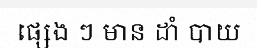
ផ្សេង ៗ មាន ដាំ បាយ